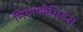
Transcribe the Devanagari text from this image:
मियाप्लैसिडस